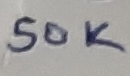
Text: 50K